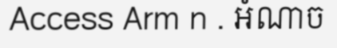
Access Arm n . អំណាច